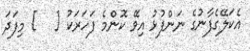
އެކަލޭގެފާނުގެ ނަންފުޅު އިވޭ ކޮންމެ ފަހަރަކު [   ] މިފަދަ